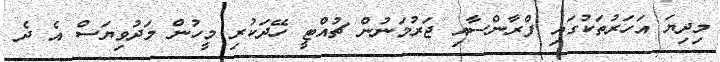
މިދިޔަ އަހަރުތަކުގައި ފްރާންސާއި ޖަރުމަނުން ޗުއްޓީ ހޭދަކުރި މީހުން މަދުވިޔަސް އެ ދެ